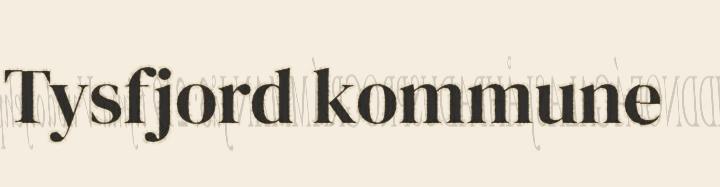
Tysfjord kommune